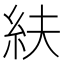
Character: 䊿